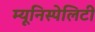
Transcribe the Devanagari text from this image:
म्यूनिस्पेलिटी